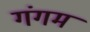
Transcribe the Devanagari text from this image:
गंगम